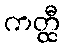
ကတ္ထီ